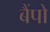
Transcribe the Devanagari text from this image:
बैंपो